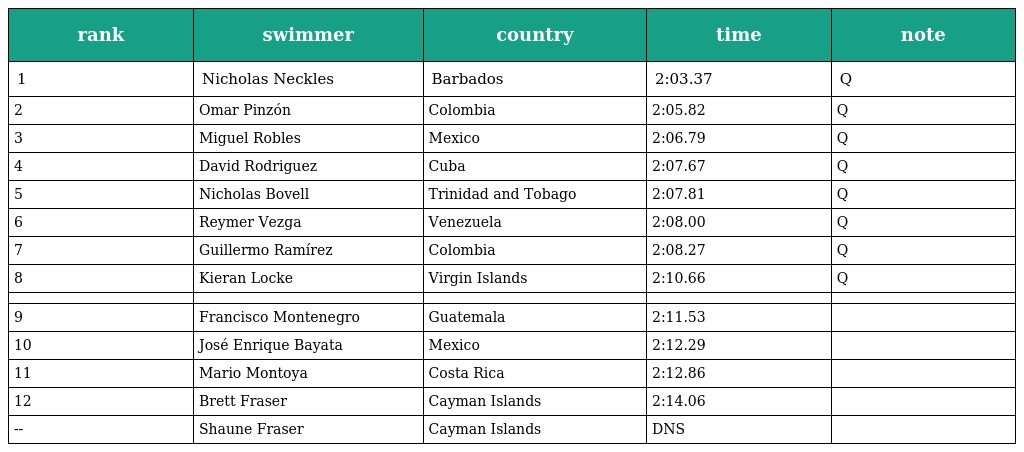
| rank | swimmer | country | time | note |
 | --- | --- | --- | --- | --- |
 | 1 | Nicholas Neckles | Barbados | 2:03.37 | Q |
 | 2 | Omar Pinzón | Colombia | 2:05.82 | Q |
 | 3 | Miguel Robles | Mexico | 2:06.79 | Q |
 | 4 | David Rodriguez | Cuba | 2:07.67 | Q |
 | 5 | Nicholas Bovell | Trinidad and Tobago | 2:07.81 | Q |
 | 6 | Reymer Vezga | Venezuela | 2:08.00 | Q |
 | 7 | Guillermo Ramírez | Colombia | 2:08.27 | Q |
 | 8 | Kieran Locke | Virgin Islands | 2:10.66 | Q |
 |  |  |  |  |  |
 | 9 | Francisco Montenegro | Guatemala | 2:11.53 |  |
 | 10 | José Enrique Bayata | Mexico | 2:12.29 |  |
 | 11 | Mario Montoya | Costa Rica | 2:12.86 |  |
 | 12 | Brett Fraser | Cayman Islands | 2:14.06 |  |
 | -- | Shaune Fraser | Cayman Islands | DNS |  |